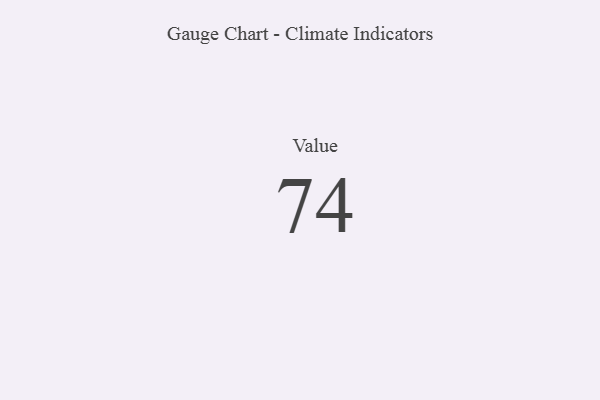
{"axis": {"x": "Metric", "y": "Value"}, "legend": [""], "data": [{"x": "Value", "y": 74, "type": ""}]}